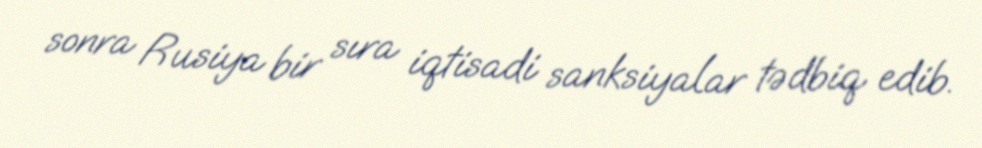
sonra Rusiya bir sıra iqtisadi sanksiyalar tədbiq edib.